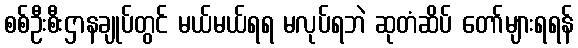
စစ်ဦးစီးဌာနချုပ်တွင် မယ်မယ်ရရ မလုပ်ရဘဲ ဆုတံဆိပ် တော်များရရန်